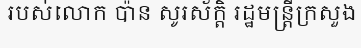
របស់លោក ប៉ាន សូរស័ក្តិ រដ្ឋមន្ត្រីក្រសួង